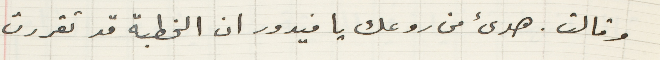
وقالت هدئ من روعك يا فيدور ان الخطبة قد تقررت